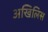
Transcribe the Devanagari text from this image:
अखिलिस